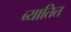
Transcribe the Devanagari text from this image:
ब्यातित